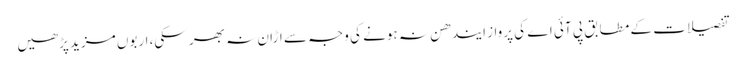
تفصیلات کے مطابق پی آئی اے کی پرواز ایندھن نہ ہونے کی وجہ سے اڑان نہ بھر سکی، اربوں مزید پڑھیں